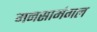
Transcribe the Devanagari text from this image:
मनसामंगल